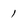
Character: 1